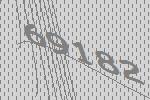
69182